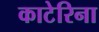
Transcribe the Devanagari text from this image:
काटेरिना